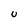
Character: U